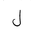
Letter: _lam